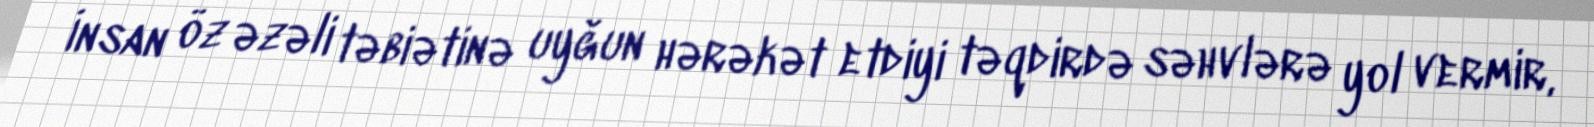
İnsan öz əzəli təbiətinə uyğun hərəkət etdiyi təqdirdə səhvlərə yol vermir,